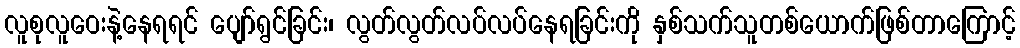
လူစုလူဝေးနဲ့နေရရင် ပျော်ရွင်ခြင်း၊ လွတ်လွတ်လပ်လပ်နေရခြင်းကို နှစ်သက်သူတစ်ယောက်ဖြစ်တာကြောင့်